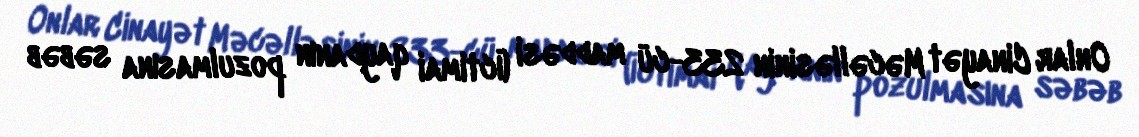
Onlar Cinayət Məcəlləsinin 233-cü maddəsi (İctimai qaydanın pozulmasına səbəb